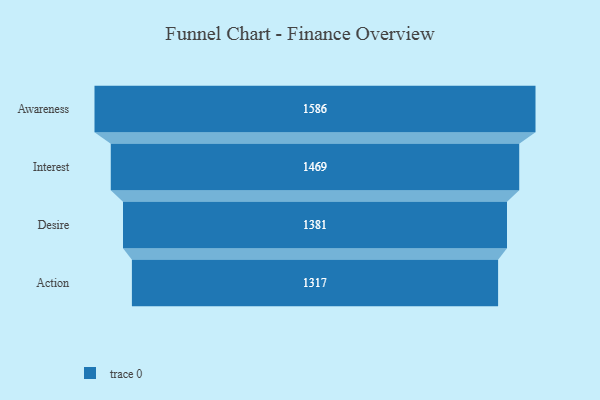
{"axis": {"x": "Stage", "y": "Value"}, "legend": [""], "data": [{"x": "Awareness", "y": 1586.0, "type": ""}, {"x": "Interest", "y": 1469.0, "type": ""}, {"x": "Desire", "y": 1381.0, "type": ""}, {"x": "Action", "y": 1317.0, "type": ""}]}